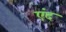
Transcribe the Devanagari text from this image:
एंद